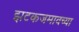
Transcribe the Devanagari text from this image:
झटकजमावच्या